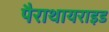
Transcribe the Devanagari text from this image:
पैराथायराइड